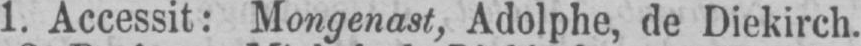
1. Accessit: Mongenast, Adolphe, de Diekirch.